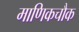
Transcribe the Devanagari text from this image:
माणिकचौक